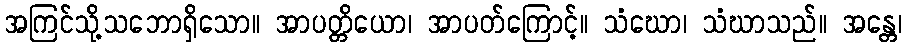
အကြင်သို့သဘောရှိသော။ အာပတ္တိယော၊ အာပတ်ကြောင့်။ သံဃော၊ သံဃာသည်။ အန္တေ၊